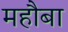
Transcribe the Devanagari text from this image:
महौबा